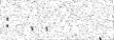
: